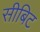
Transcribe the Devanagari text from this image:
सीबिट